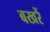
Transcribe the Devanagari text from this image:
बखरें